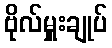
ဗိုလ်မှူးချုပ်